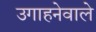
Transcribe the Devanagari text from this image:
उगाहनेवाले